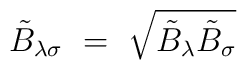
\tilde{B}_{\lambda\sigma} ~=~ \sqrt{\tilde{B}_\lambda \tilde{B}_\sigma}